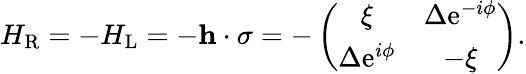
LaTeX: \begin{array}{r}{H_{\mathrm{R}}=-H_{\mathrm{L}}=-{\mathbf h}\cdot{\mathbf\sigma}=-\left(\begin{array}{cc}{\xi}&{\Delta\mathrm{e}^{-i\phi}}\\ {\Delta\mathrm{e}^{i\phi}}&{-\xi}\end{array}\right).}\end{array}